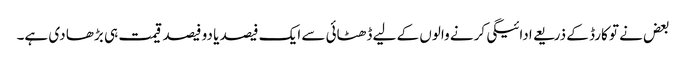
بعض نے تو کارڈ کے ذریعے ادائیگی کرنے والوں کے لیے ڈھٹائی سے ایک فیصد یا دو فیصد قیمت ہی بڑھا دی ہے۔